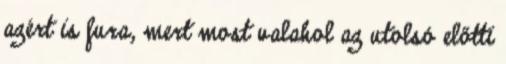
azért is fura, mert most valahol az utolsó előtti